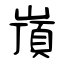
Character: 嵿